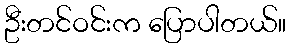
ဦးတင်ဝင်းက ပြောပါတယ်။